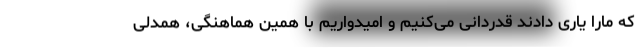
که مارا یاری دادند قدردانی می‌کنیم و امیدواریم با همین هماهنگی، همدلی